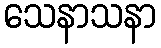
သေနာသနာ